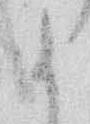
か